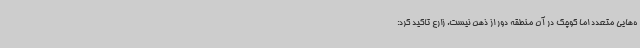
ه‌هایی متعدد اما کوچک در آن منطقه دور از ذهن نیست. زارع تاکید کرد: